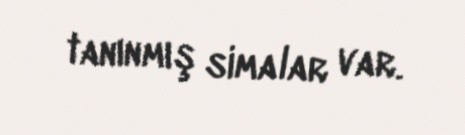
tanınmış simalar var.